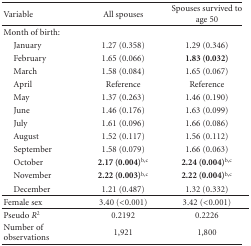
| Variable | All spouses | Spouses survived to age 50 |
 | --- | --- | --- |
 | Month of birth: |  |  |
 | January | 1.27 (0.358) | 1.29 (0.346) |
 | February | 1.65 (0.066) | 1.83 (0.032) |
 | March | 1.58 (0.084) | 1.65 (0.067) |
 | April | Reference | Reference |
 | May | 1.37 (0.263) | 1.46 (0.190) |
 | June | 1.46 (0.176) | 1.63 (0.099) |
 | July | 1.61 (0.096) | 1.66 (0.086) |
 | August | 1.52 (0.117) | 1.56 (0.112) |
 | September | 1.58 (0.079) | 1.66 (0.063) |
 | October | 2.17 (0.004)b,c | 2.24 (0.004)b,c |
 | November | 2.22 (0.003)b,c | 2.22 (0.004)b,c |
 | December | 1.21 (0.487) | 1.32 (0.332) |
 | Female sex | 3.40 (<0.001) | 3.42 (<0.001) |
 | Pseudo R2 | 0.2192 | 0.2226 |
 | Number of observations | 1,921 | 1,800 |